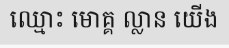
ឈ្មោះ មោគ្គ ល្លាន យើង